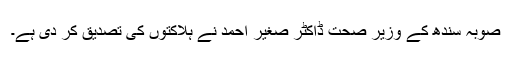
صوبہ سندھ کے وزیر صحت ڈاکٹر صغیر احمد نے ہلاکتوں کی تصدیق کر دی ہے۔